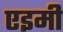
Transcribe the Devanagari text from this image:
एइमी